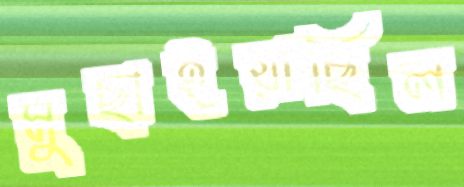
মুছাইয়াছিল